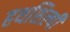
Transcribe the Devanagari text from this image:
हथशिल्पी